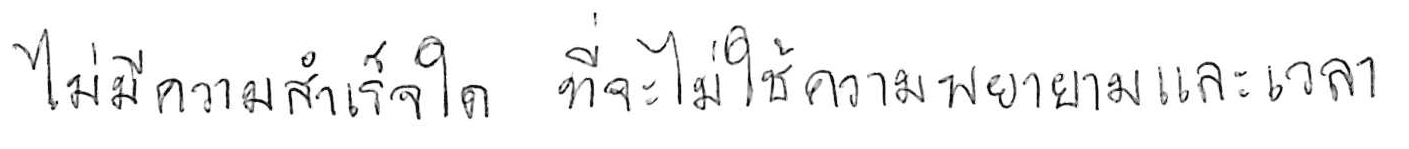
ไม่มีความสำเร็จใด ที่จะไม่ใช้ความพยายามและเวลา